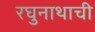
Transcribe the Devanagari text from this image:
रघुनाथाची